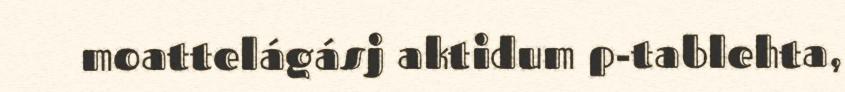
moattelágásj aktidum p-tablehta,